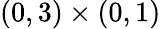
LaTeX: (0,3)\times(0,1)